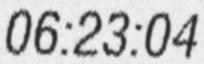
06:23:04